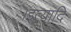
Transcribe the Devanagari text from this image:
।इत्यादि